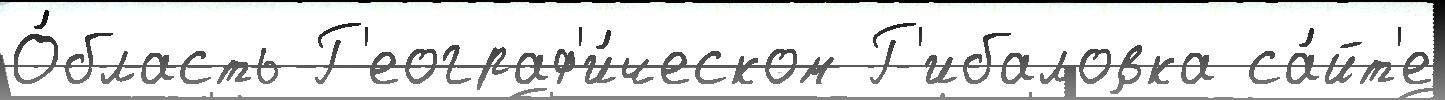
О́бласть Г'еограф'и́ческом Г'ибаловка са́йт'е